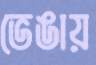
ভেঙায়